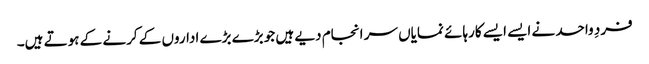
فردِ واحد نے ایسے ایسے کارہائے نمایاں سر انجام دیے ہیں جو بڑے بڑے اداروں کے کرنے کے ہوتے ہیں۔